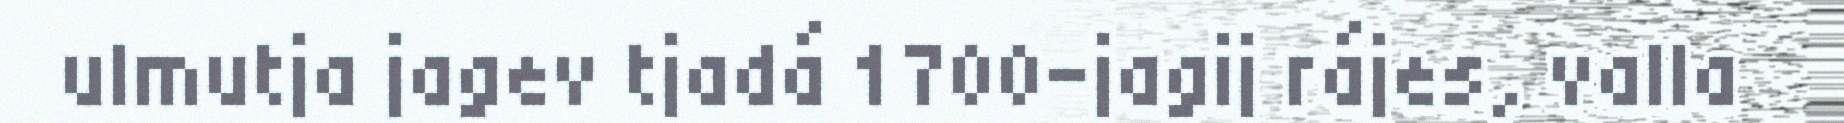
ulmutja jagev tjadá 1700-jagij rájes, valla